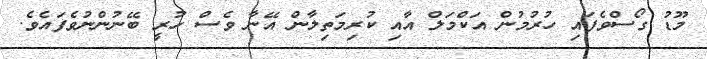
މޫޑު ގޯސްވެފައި ހުރުމުން އަކްމަލް އާއި ކުރިމަތިލާން އޭނާ ވެސް ހުރީ ބޭނުންނުވެފައެވެ.